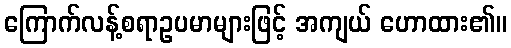
ကြောက်လန့်စရာဥပမာများဖြင့် အကျယ် ဟောထား၏။